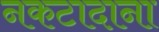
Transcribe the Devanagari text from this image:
नकटादाना